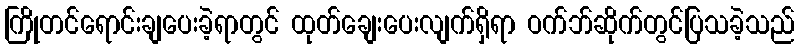
ကြိုတင်ရောင်းချပေးခဲ့ရာတွင် ထုတ်ချေးပေးလျက်ရှိရာ ဝက်ဘ်ဆိုက်တွင်ပြသခဲ့သည်